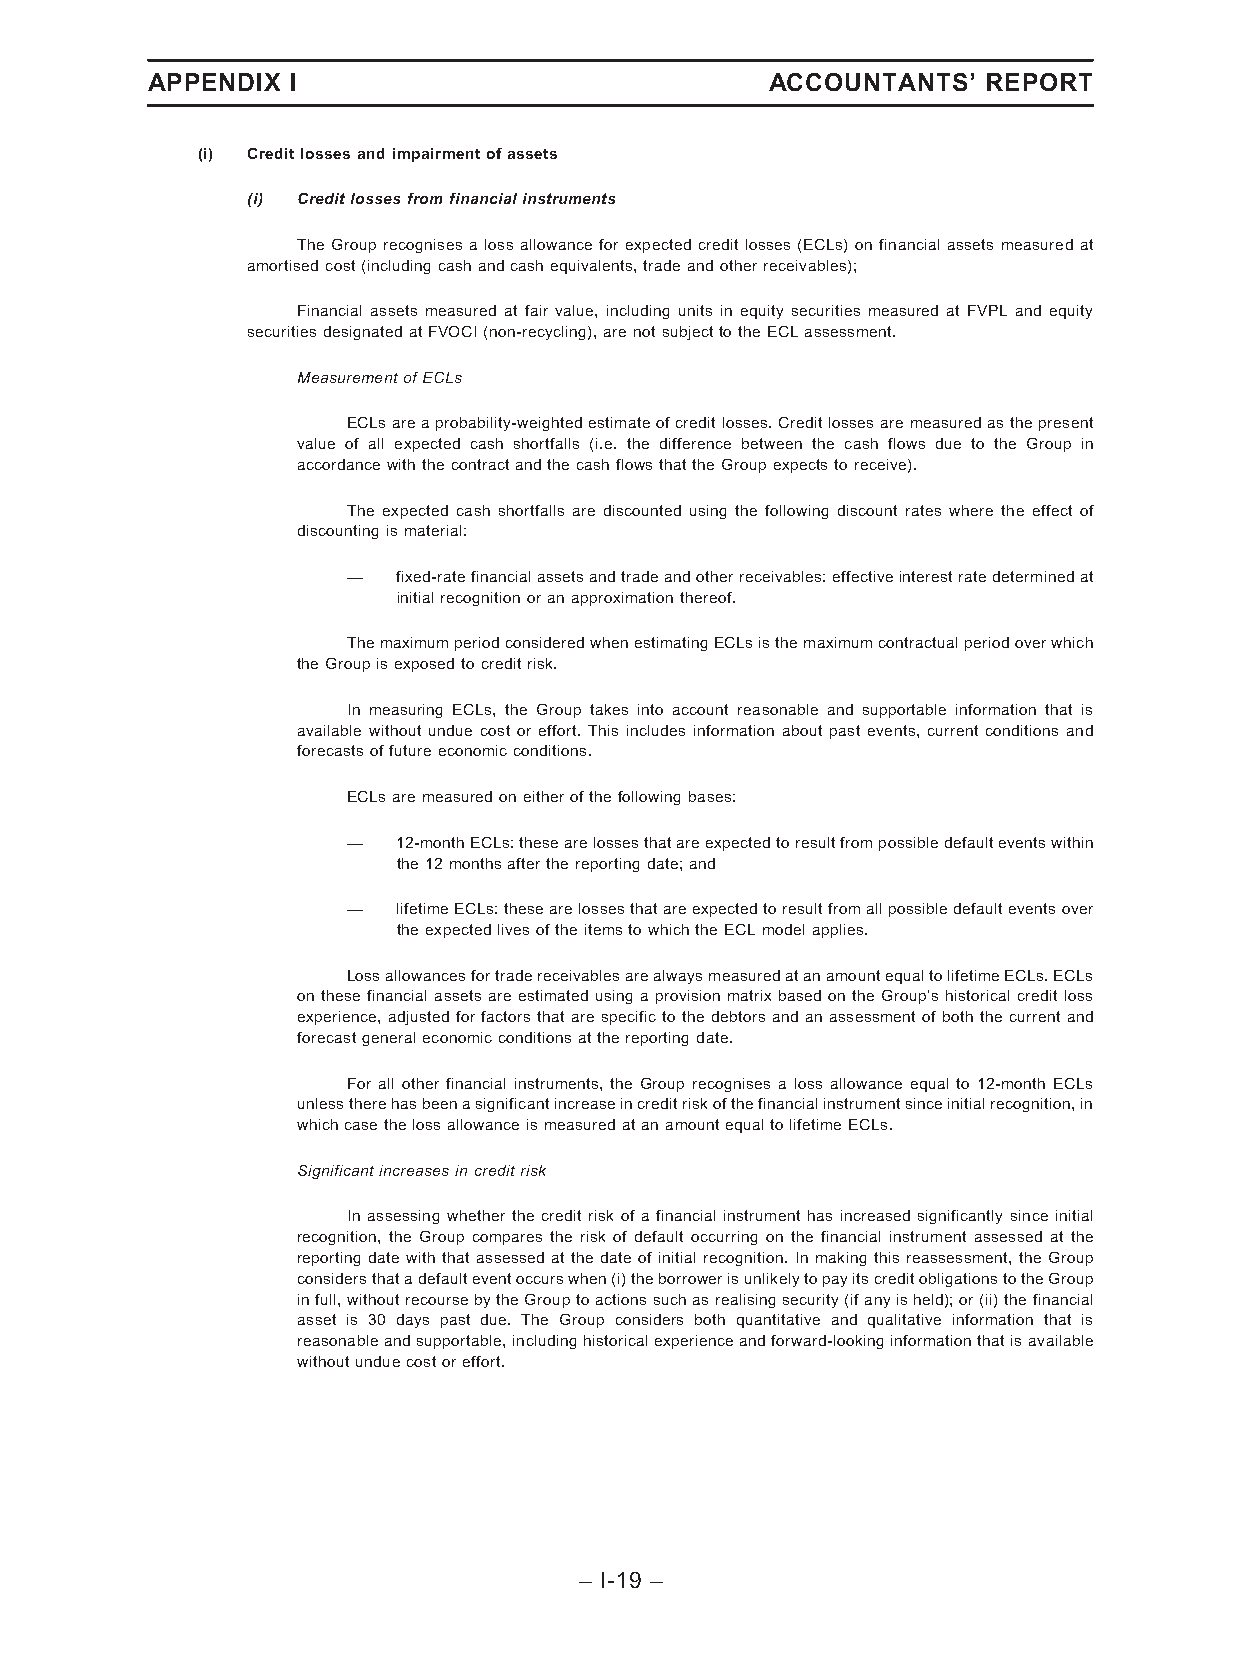
APPENDIX I                               ACCOUNTANTS’  REPORT
 (i) Creditlossesandimpairmentofassets
 (i) Creditlossesfromfinancialinstruments
 The Group recognises a loss allowance for expected credit losses (ECLs) on financial assets measured at
 amortisedcost(includingcashandcashequivalents,tradeandotherreceivables);
 Financial assets measured at fair value, including units in equity securities measured at FVPL and equity
 securitiesdesignatedatFVOCI(non-recycling),arenotsubjecttotheECLassessment.
 MeasurementofECLs
 ECLsareaprobability-weightedestimateofcreditlosses.Creditlossesaremeasuredasthepresent
 value of all expected cash shortfalls (i.e. the difference between the cash flows due to the Group in
 accordancewiththecontractandthecashflowsthattheGroupexpectstoreceive).
 The expected cash shortfalls are discounted using the following discount rates where the effect of
 discountingismaterial:
 —  fixed-ratefinancialassetsandtradeandotherreceivables:effectiveinterestratedeterminedat
 initialrecognitionoranapproximationthereof.
 ThemaximumperiodconsideredwhenestimatingECLsisthemaximumcontractualperiodoverwhich
 theGroupisexposedtocreditrisk.
 In measuring ECLs, the Group takes into account reasonable and supportable information that is
 available without undue cost or effort. This includes information about past events, current conditions and
 forecastsoffutureeconomicconditions.
 ECLsaremeasuredoneitherofthefollowingbases:
 —  12-monthECLs:thesearelossesthatareexpectedtoresultfrompossibledefaulteventswithin
 the12monthsafterthereportingdate;and
 —  lifetimeECLs:thesearelossesthatareexpectedtoresultfromallpossibledefaulteventsover
 theexpectedlivesoftheitemstowhichtheECLmodelapplies.
 LossallowancesfortradereceivablesarealwaysmeasuredatanamountequaltolifetimeECLs.ECLs
 on these financial assets are estimated using a provision matrix based on the Group’s historical credit loss
 experience, adjusted for factors that are specific to the debtors and an assessment of both the current and
 forecastgeneraleconomicconditionsatthereportingdate.
 For all other financial instruments, the Group recognises a loss allowance equal to 12-month ECLs
 unlesstherehasbeenasignificantincreaseincreditriskofthefinancialinstrumentsinceinitialrecognition,in
 whichcasethelossallowanceismeasuredatanamountequaltolifetimeECLs.
 Significantincreasesincreditrisk
 In assessing whether the credit risk of a financial instrument has increased significantly since initial
 recognition, the Group compares the risk of default occurring on the financial instrument assessed at the
 reporting date with that assessed at the date of initial recognition. In making this reassessment, the Group
 considersthatadefaulteventoccurswhen(i)theborrowerisunlikelytopayitscreditobligationstotheGroup
 infull,withoutrecoursebytheGrouptoactionssuchasrealisingsecurity(ifanyisheld);or(ii)thefinancial
 asset is 30 days past due. The Group considers both quantitative and qualitative information that is
 reasonableandsupportable,includinghistoricalexperienceandforward-lookinginformationthatisavailable
 withoutunduecostoreffort.
 – I-19 –